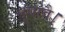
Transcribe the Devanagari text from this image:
सुवावै।